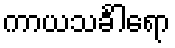
ကာယသင်္ခါရော